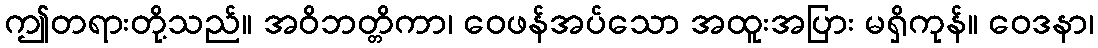
ဤတရားတို့သည်။ အဝိဘတ္တိကာ၊ ဝေဖန်အပ်သော အထူးအပြား မရှိကုန်။ ဝေဒနာ၊